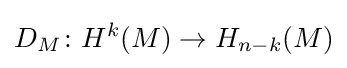
D_{M}\colon H^{k}(M)\to H_{n-k}(M)